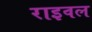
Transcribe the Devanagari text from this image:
राइवल